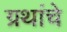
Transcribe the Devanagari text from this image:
ग्रथांचे